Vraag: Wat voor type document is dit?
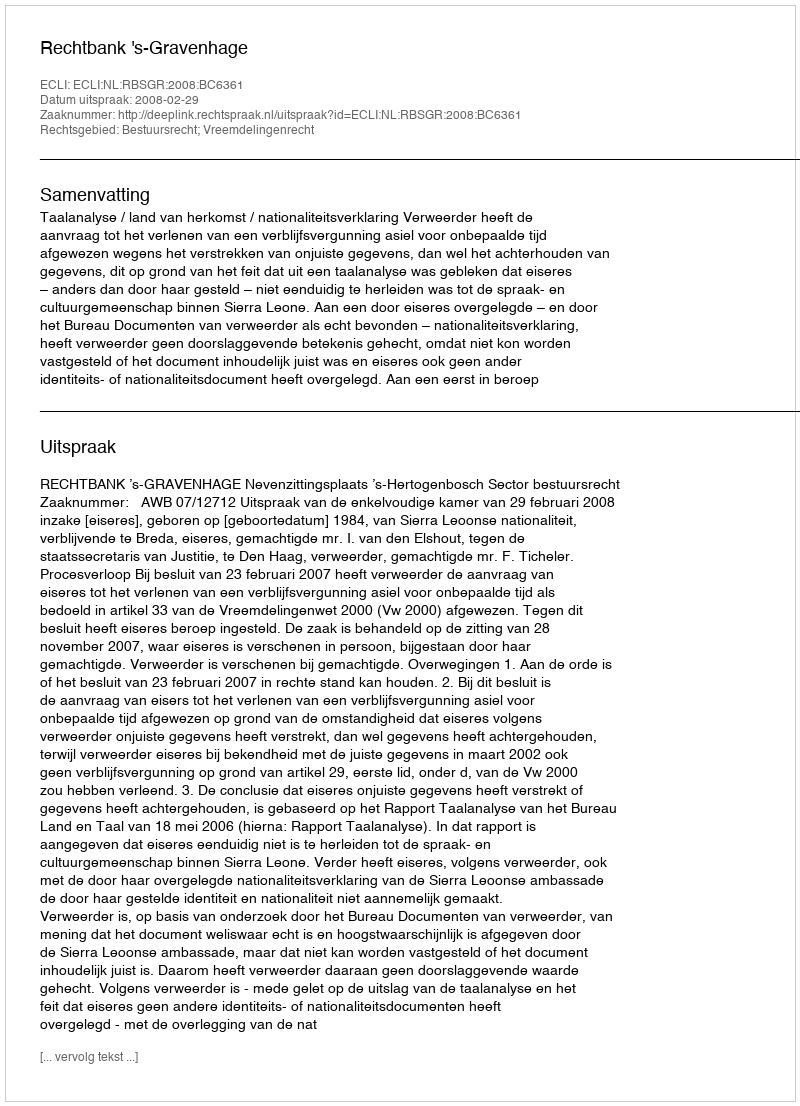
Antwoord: Uitspraak